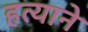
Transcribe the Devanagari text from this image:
हत्याने